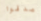
صدقوا